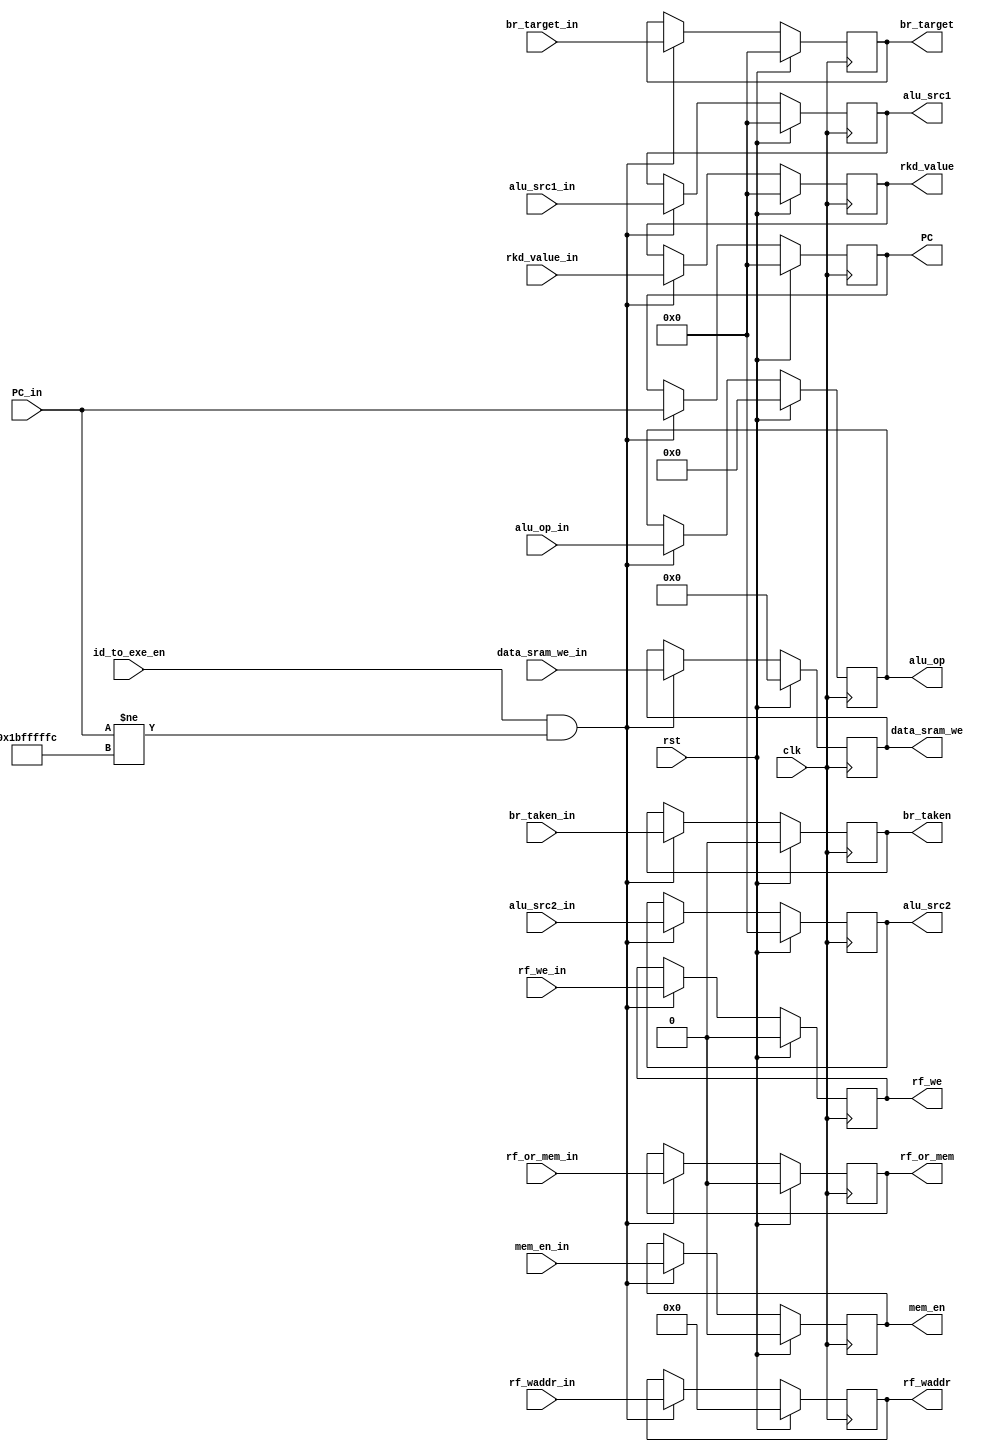
module ID_EXE(
    input wire clk,
    input wire rst,
    input wire      id_to_exe_en,
    //NPC
    input wire      br_taken_in,
    input wire [31:0] br_target_in,
    input wire [31:0] PC_in,
    //MEM
    input wire  [3:0] data_sram_we_in,
    input wire [31:0]  rkd_value_in,
    input wire mem_en_in,
    //EXE
    input wire [11:0] alu_op_in,
    input wire [31:0] alu_src1_in,
    input wire [31:0] alu_src2_in,
    //WB
    input wire rf_we_in,
    input wire [4:0] rf_waddr_in,
    input wire rf_or_mem_in,

    output reg [3:0] data_sram_we,
    output reg [31:0] PC,
    output reg [31:0] rkd_value,
    output reg mem_en,
    output reg [11:0] alu_op,
    output reg [31:0] br_target,
    output reg br_taken,

    output reg [31:0] alu_src1,
    output reg [31:0] alu_src2,

    output reg rf_we,
    output reg [4:0] rf_waddr,
    output reg rf_or_mem


);

always@(posedge clk)
    if(rst) begin
        rkd_value <= 32'b0;
        data_sram_we <= 1'b0;
        mem_en<= 1'b0;

        br_taken <= 1'b0;
        br_target <= 32'b0;
        PC <= 32'b0;

        alu_op <= 12'b0;
        alu_src1 <= 32'b0;
        alu_src2 <= 32'b0;

        rf_we <= 1'b0;
        rf_waddr <= 5'b0;
        rf_or_mem <= 1'b0;
    end

    else if(id_to_exe_en && PC_in != 32'h1bfffffc) begin
        
        rkd_value <= rkd_value_in;
        data_sram_we <= data_sram_we_in;
        mem_en<= mem_en_in;

        br_taken <= br_taken_in;
        br_target <= br_target_in;
        PC <= PC_in;

        alu_op <= alu_op_in;
        alu_src1 <= alu_src1_in;
        alu_src2 <= alu_src2_in;

        rf_we <= rf_we_in;
        rf_waddr <= rf_waddr_in;
        rf_or_mem <= rf_or_mem_in;
    end

endmodule